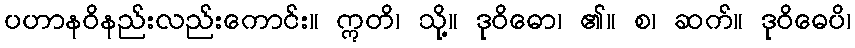
ပဟာနဝိနည်းလည်းကောင်း။ ဣတိ၊ သို့။ ဒုဝိဓော၊ ၏။ စ၊ ဆက်။ ဒုဝိဓေပိ၊